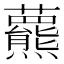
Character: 𧄾